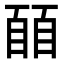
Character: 𬛭